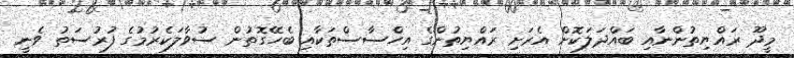
މީދޫ ރައްޔިތުންނާއި ބައްދަލަކޮށް އެރަށި ރައްޔިތުންގެ އިހްސާސްތަކާއި ބެހޭގޮތުން ސުވާލަކެރުމުގެ ފުރުސަތު ވެނީ